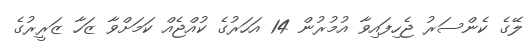
ލޭގެ ކެންސަރު ޖެހިފައިވާ އުމުރުން 14 އަހަރުގެ ކުއްޖެއް ކަމަށްވާ ޒަހާ ޒަރީރުގެ